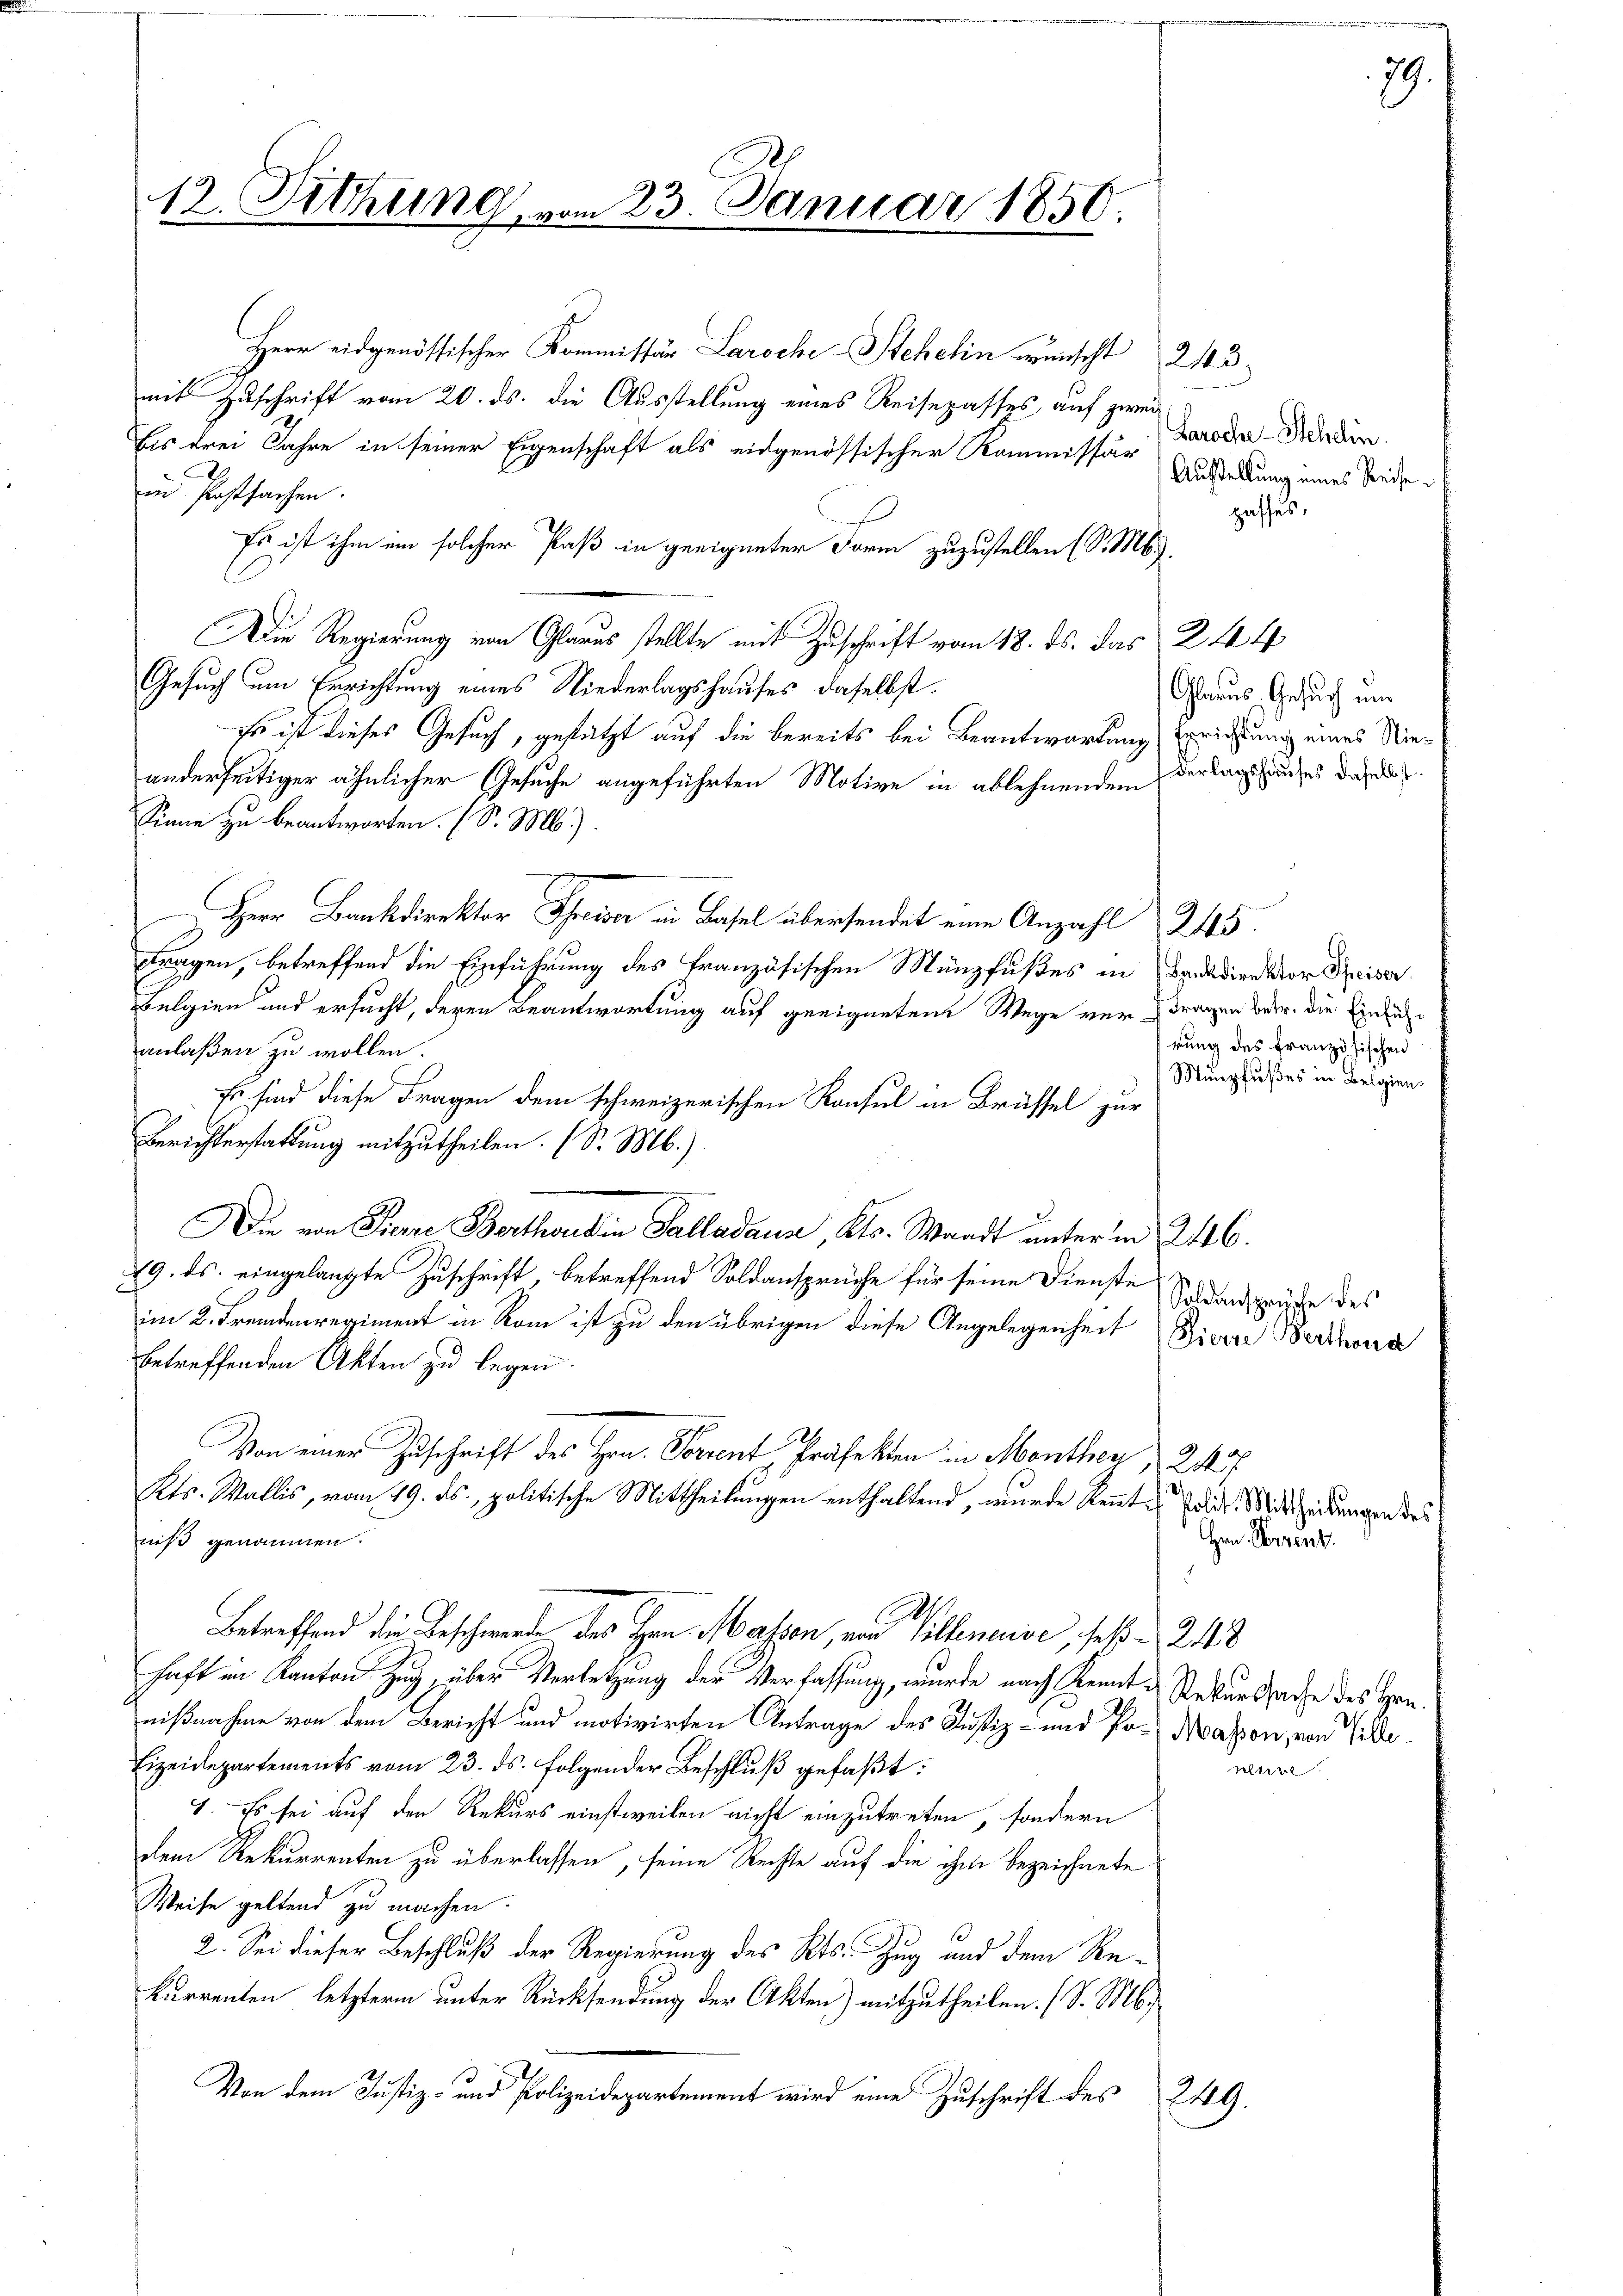
12. Fethung, vom 23. Januar 1850.

Herr eidgenössischer Kommissär Laroche Stehelin wünscht 243
mit Zuschrift vom 20. ds. die Ausstellung eines Reisepasses auf zwei
bis drei Jahre in seiner Eigenschaft als eidgenössischer Kommissär Daroder Bedin
in Postsachen.
h
Es ist ihm ein solcher Paß in geeigneter Form zuzustellen (S. M.
Die Regierung von Glarus stellte mit Zuschrift vom 18. ds. das 244 4
Gesuch um Errichtung eines Niederlagshauses daselbst.
Es ist dieses Gesuch, gestützt auf die bereits bei Beantwortung Errichtung eines Nieanderseitiger ähnlicher Gesuche angeführten Motive in ablehnendem der Tagsauses dasel
Sinne zu beantworten. (S. M.)
H Bankdirektor Schreiser in Basel übersendet eine Anzahl 245.
Fragen, betreffend die Einführung des Französischen Münzfußes in Bankdirektor Reiser
Belgien und ersucht, deren Beantwortung auf geeigneten Wege vertragen betr. die Einsiche
anlaßen zu wollen.
Es sind diese Fragen dem schweizerischen Konsul in Brüssel zur
Berichterstattung mitzutheilen. (S. M.)
Die von Pierre Berthaidin Salladaua, Kts. Waadt unterm 246.
79. ds. eingelangte Zuschrift, betreffend Soldansprüche für seine Dienste
im K. Fremdenregiment in Rom ist zu den übrigen diese Angelegenheit Zierre Berthora
betreffenden Akten zu legen.
Von einer Zuschrift des Hrn. Vorrent Präfekten in Monthey, 245 f
Kts. Wallis, vom 19. ds., politische Mittheilungen enthaltend, wurde kennt-Polit. Mittheilungen des
niß genommen.
Betreffend die Beschwerde des Hrn. Massen, von Villeneise, ses 243
haft im Kanton Zug, über Verletzung der Verfassung, wurde nach Kennt & Rekurssache des Hrn.
nißnahme von dem Bericht und motivirten Antrage des Justiz- und Pr. Masson, von Pille¬
Eizeidepartements vom 23. ds. folgender Beschluß gefaßt:
1. Es sei auf den Rekurs einstweilen nicht einzutreten, sondern
dem Rekurrenten zu überlassen, seine Rechte auf die ihm bezeichnete
Weise geltend zu machen.
2. Sei dieser Beschluß der Regierung des Kts. Zug und dem Rekurrenten, letzterm unter Rücksendung der Akten) mitzutheilen. (S. Ms.
Von dem Justiz- und Polizeidepartement wird eine Zuschrift des
249.

Austellung eines Reise.
zaffes,

Glarus, Gesuch um

rung des französischen
Münzfußes in Belgien.

Soldansprüche des

Hrn. Korrent

ultire

79.